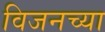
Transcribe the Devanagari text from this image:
विजनच्या